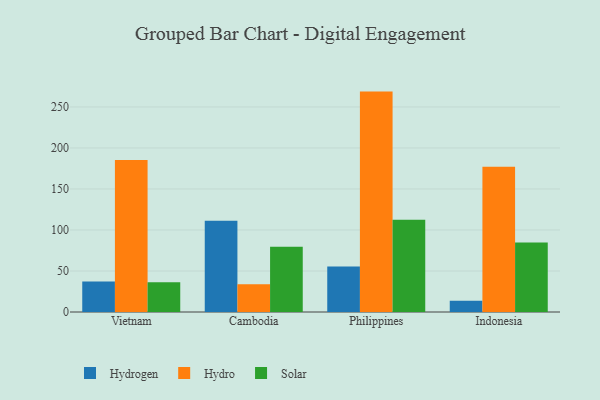
{"axis": {"x": "Country", "y": "Tickets Resolved"}, "legend": ["Hydro", "Hydrogen", "Solar"], "data": [{"x": "Vietnam", "y": 37.3, "type": "Hydrogen"}, {"x": "Vietnam", "y": 185.3, "type": "Hydro"}, {"x": "Vietnam", "y": 36.2, "type": "Solar"}, {"x": "Cambodia", "y": 111.3, "type": "Hydrogen"}, {"x": "Cambodia", "y": 33.7, "type": "Hydro"}, {"x": "Cambodia", "y": 79.6, "type": "Solar"}, {"x": "Philippines", "y": 55.6, "type": "Hydrogen"}, {"x": "Philippines", "y": 268.7, "type": "Hydro"}, {"x": "Philippines", "y": 112.4, "type": "Solar"}, {"x": "Indonesia", "y": 13.8, "type": "Hydrogen"}, {"x": "Indonesia", "y": 177.2, "type": "Hydro"}, {"x": "Indonesia", "y": 84.6, "type": "Solar"}]}